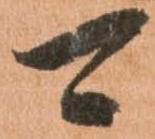
可